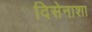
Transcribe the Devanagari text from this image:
दिसेनाशा